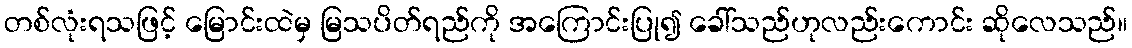
တစ်လုံးရသဖြင့် မြောင်းထဲမှ မြသပိတ်ရည်ကို အကြောင်းပြု၍ ခေါ်သည်ဟုလည်းကောင်း ဆိုလေသည်။